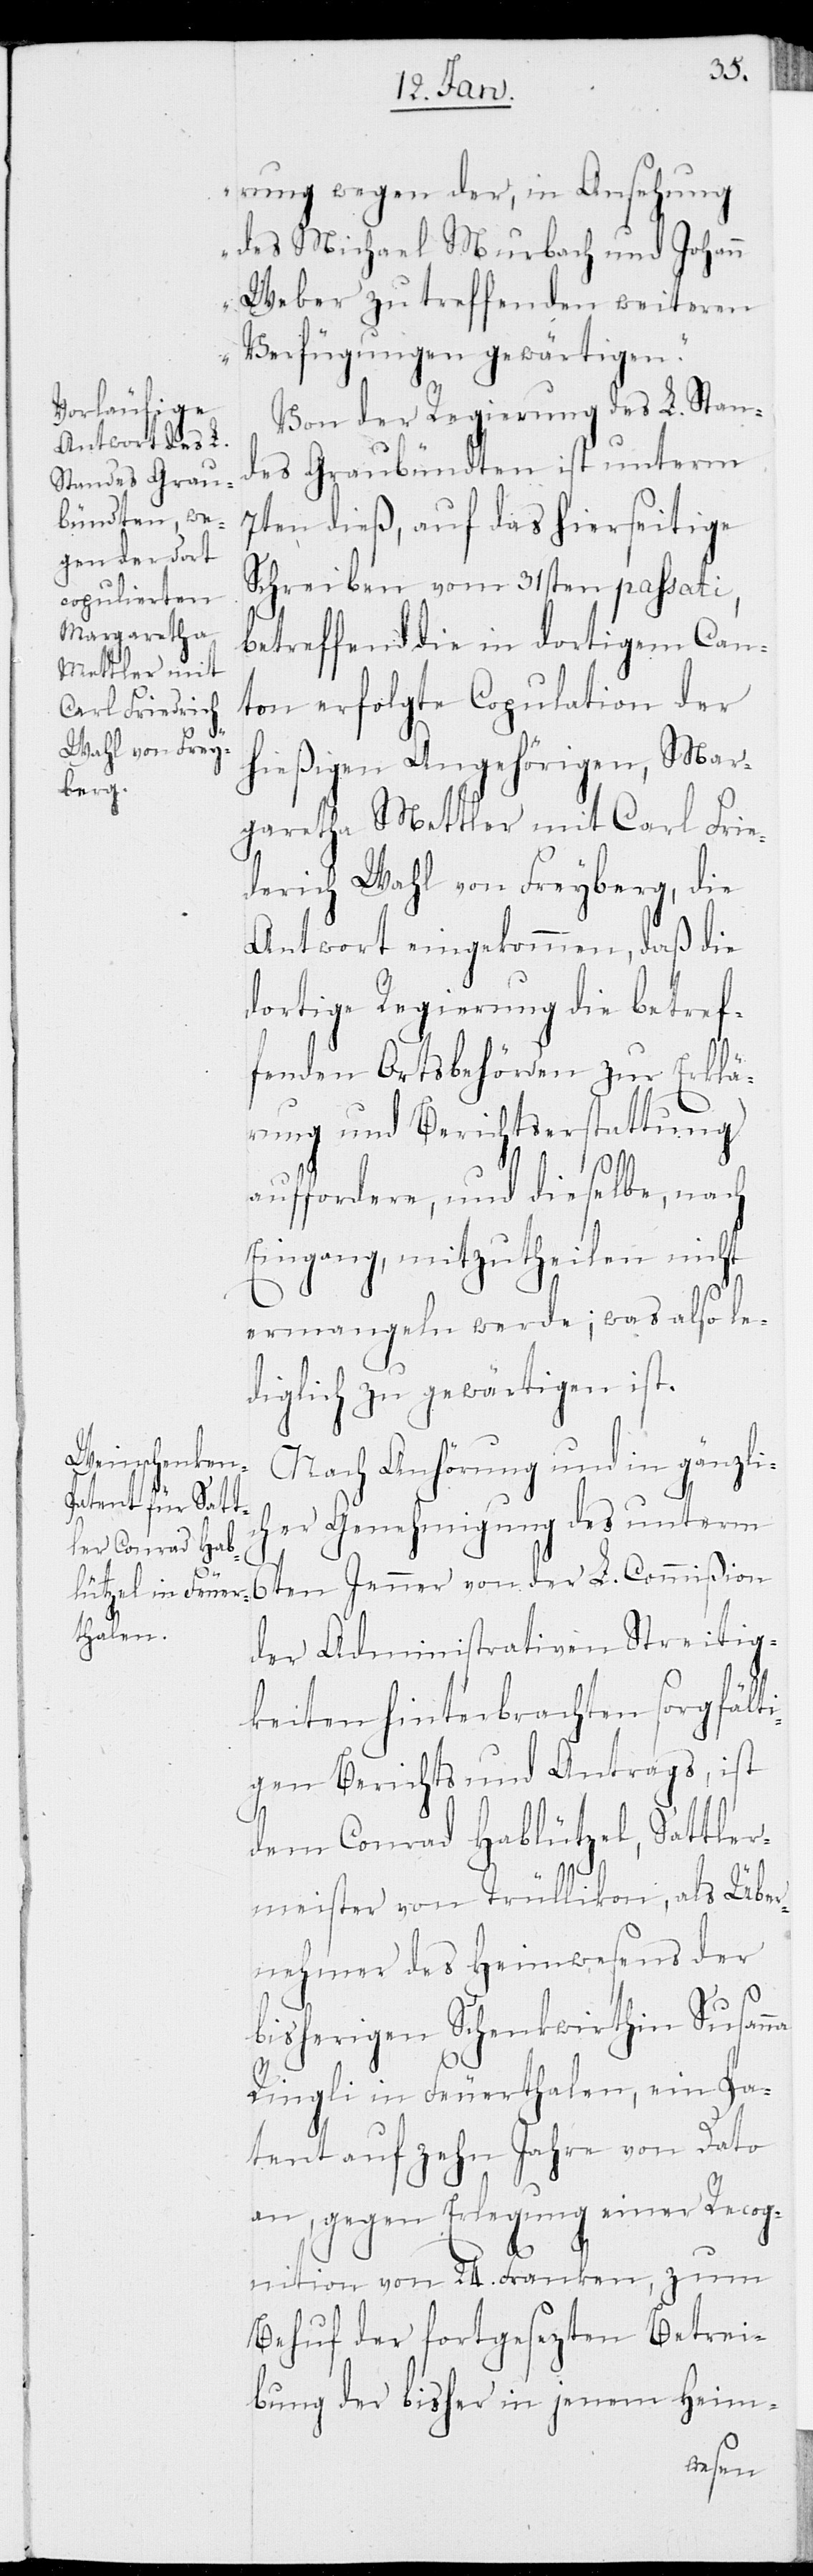
na

rung wegen der, in Ansehung
des Michael Murbach und Johann
Weber zu treffenden weiteren
Verfügungen gewärtigen.“
Von der Regierung des L. Stan¬
des Graubündten ist unterm
7ten dieß, auf das hierseitige
Schreiben vom 31sten passati,
betreffend die in dortigem Can¬
ton erfolgte Copulation der
hießigen Angehörigen, Mar¬
garetha Mettler mit Carl Frie¬
drich Wahl von Freyberg, die
Antwort eingekommen, daß die
dortige Regierung die betref¬
fenden Ortsbehörden zur Erklä¬
rung und Berichtserstattung
auffordern, und dieselbe nach
Eingang, mitzutheilen nicht
ermangeln werde; was also le¬
diglich zu gewärtigen ist.
Nach Anhörung und in gänzlic¬
her Genehmigung des unterm
6ten Jenner von der L. Commißion
der Administrativen Streitig¬
keiten hinterbrachten sorgfälti¬
gen Berichts und Antrags, ist
dem Conrad Hablützel, Sattler¬
meister von Trüllikon, als Über¬
nehmer des Heimwesens der
bisherigen Schenkwirthin Susan¬
Ringli in Feuerthalen, ein Pa¬
tent auf zehn Jahre von Dato
an, gegen Erlegung einer Recog¬
nition von 24. Franken, zum
Behuf der fortgesezten Betrei¬
bung der bisher in jenem Heim-